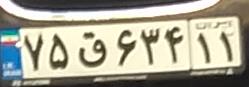
۷۵ق۶۳۴۱۱